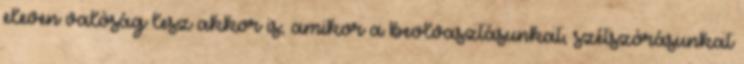
eleven valóság lesz akkor is, amikor a beolvasztásunkat, szétszórásunkat